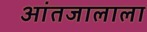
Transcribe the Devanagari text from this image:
आंतजालाला